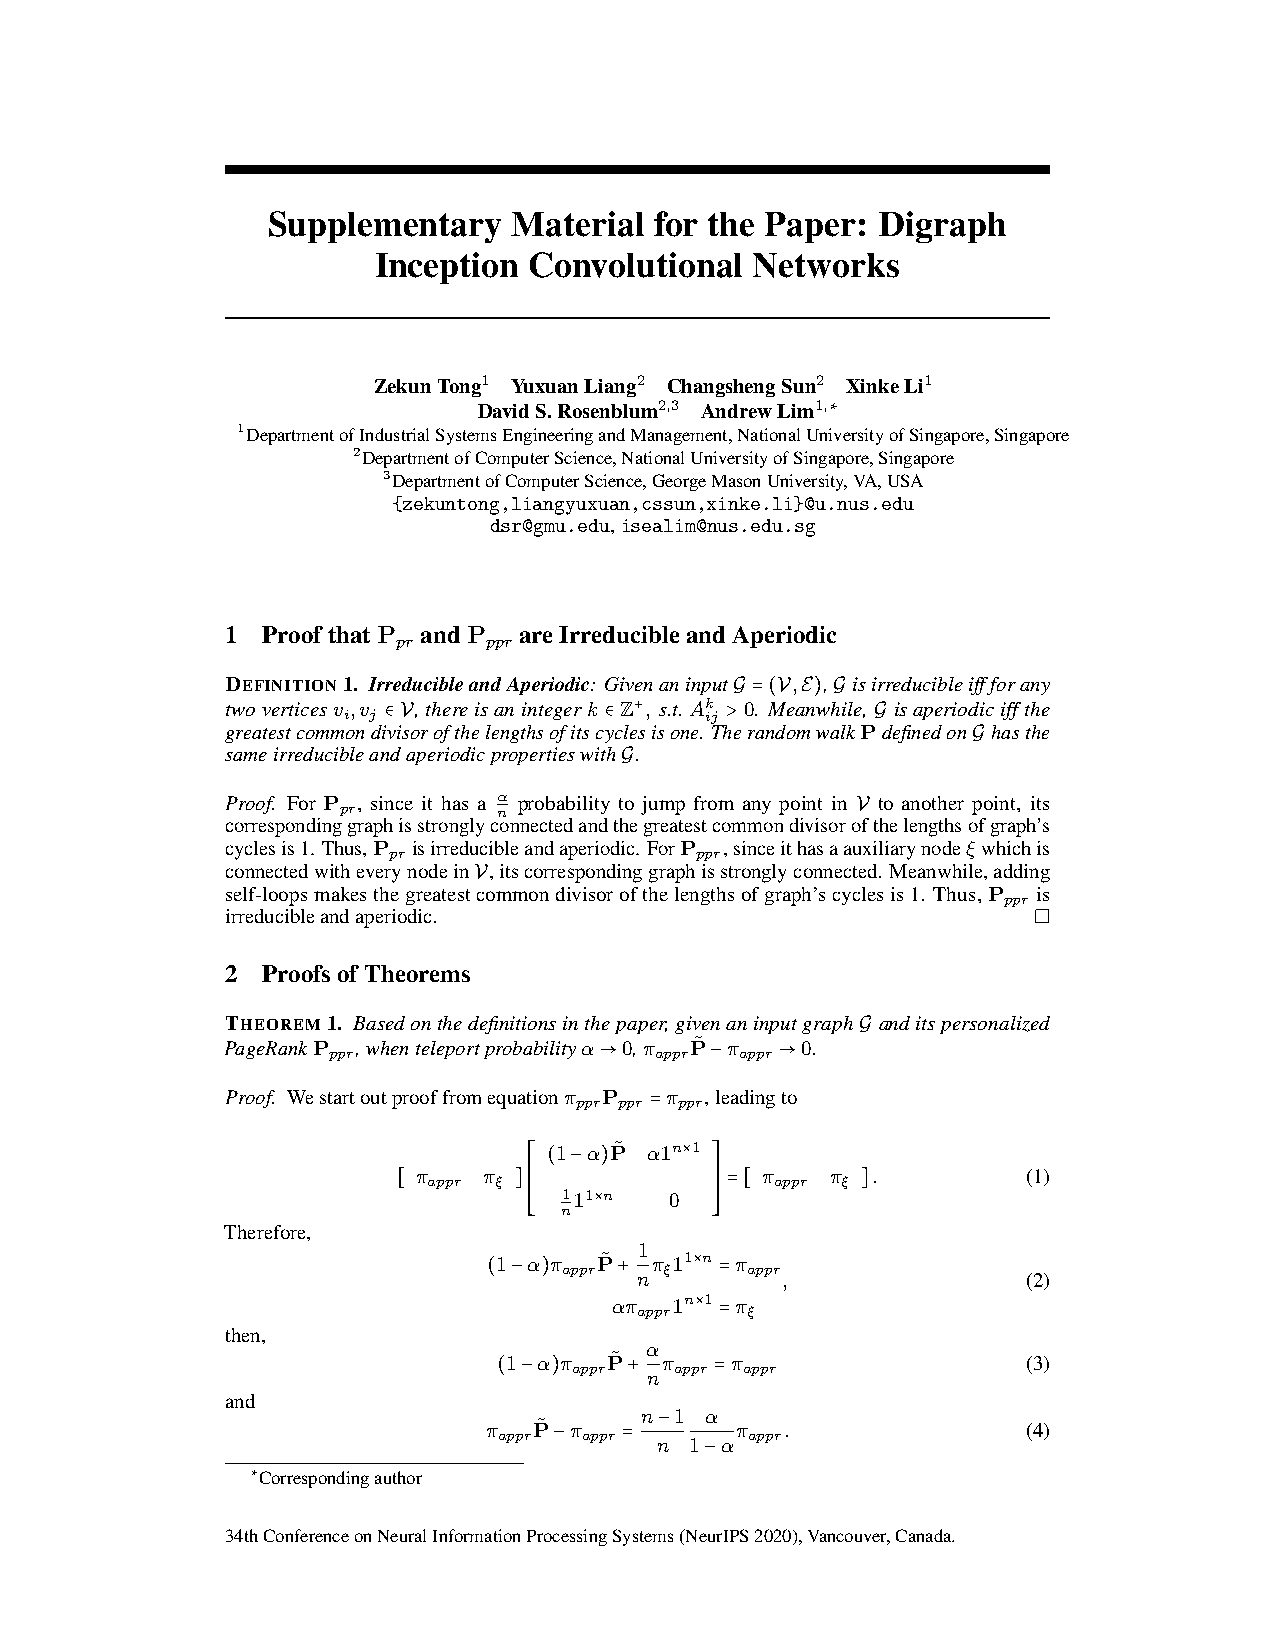
Supplementary   Material for the Paper: Digraph
 Inception Convolutional  Networks
 ZekunTong1 YuxuanLiang2 ChangshengSun2 XinkeLi1
 DavidS.Rosenblum2,3 AndrewLim1,∗
 1DepartmentofIndustrialSystemsEngineeringandManagement,NationalUniversityofSingapore,Singapore
 2DepartmentofComputerScience,NationalUniversityofSingapore,Singapore
 3DepartmentofComputerScience,GeorgeMasonUniversity,VA,USA
 {zekuntong,liangyuxuan,cssun,xinke.li}@u.nus.edu
 dsr@gmu.edu,isealim@nus.edu.sg
 1 ProofthatP andP  areIrreducibleandAperiodic
 pr    ppr
 DEFINITION1. IrreducibleandAperiodic: GivenaninputG =(V,E),G isirreducibleiffforany
 twoverticesv ,v ∈ V,thereisanintegerk ∈ Z+, s.t. Ak > 0. Meanwhile,G isaperiodiciffthe
 i j                     ij
 greatestcommondivisorofthelengthsofitscyclesisone. TherandomwalkPdefinedonG hasthe
 sameirreducibleandaperiodicpropertieswithG.
 Proof. For P , since it has a α probability to jump from any point in V to another point, its
 pr         n
 correspondinggraphisstronglyconnectedandthegreatestcommondivisorofthelengthsofgraph’s
 cyclesis1. Thus,P isirreducibleandaperiodic. ForP ,sinceithasaauxiliarynodeξwhichis
 pr                  ppr
 connectedwitheverynodeinV,itscorrespondinggraphisstronglyconnected. Meanwhile,adding
 self-loopsmakesthegreatestcommondivisorofthelengthsofgraph’scyclesis1. Thus,P is
 ppr
 irreducibleandaperiodic.
 2 ProofsofTheorems
 THEOREM 1. Basedonthedefinitionsinthepaper,givenaninputgraphG anditspersonalized
 PageRankP ,whenteleportprobabilityα→0,π P˜ −π →0.
 ppr                  appr  appr
 Proof. Westartoutprooffromequationπ P =π ,leadingto
 ppr ppr ppr
 ⎡ ⎢ (1−α)P˜ α1n×1 ⎤ ⎥
 ⎢           ⎥
 [ π   π ]⎢           ⎥=[ π   π ].         (1)
 appr ξ ⎢           ⎥   appr ξ
 ⎢ 111×n  0  ⎥
 ⎣ n         ⎦
 Therefore,
 1
 (1−α)π  P˜ + π 11×n=π
 appr   ξ    appr
 n         ,               (2)
 απ
 1n×1=π
 appr   ξ
 then,
 α
 (1−α)π P˜ + π =π                   (3)
 appr   appr appr
 n
 and
 n−1  α
 π  P˜ −π =       π  .               (4)
 appr  appr n 1−α appr
 ∗Correspondingauthor
 34thConferenceonNeuralInformationProcessingSystems(NeurIPS2020),Vancouver,Canada.